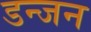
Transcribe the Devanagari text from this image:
डन्जन